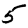
Digit: 5